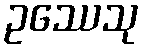
ဥဿေသု